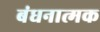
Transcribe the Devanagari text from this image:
बंधनात्मक